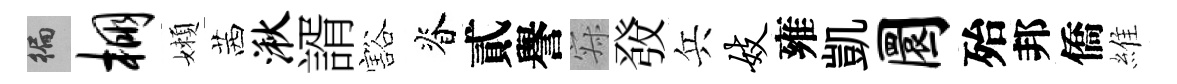
徧棚嬾茜湫諝豁脊貳譽寂𤼲兵妓雍凱圜殆邦僑維